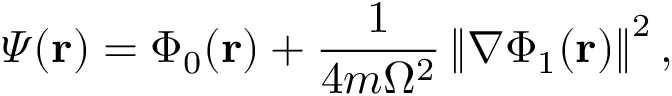
\varPsi ( \mathbf { r } ) = \Phi _ { 0 } ( \mathbf { r } ) + \frac { 1 } { 4 m \Omega ^ { 2 } } \left\Vert \nabla \Phi _ { 1 } ( \mathbf { r } ) \right\Vert ^ { 2 } ,